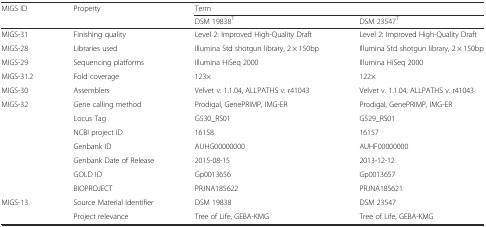
<table><thead><tr><td><b>MIGS ID</b></td><td><b>Property</b></td><td colspan="2"><b>Term</b></td></tr><tr><td></td><td></td><td><b>DSM 19838<sup>T</sup></b></td><td><b>DSM 23547<sup>T</sup></b></td></tr></thead><tbody><tr><td>MIGS-31</td><td>Finishing quality</td><td>Level 2: Improved High-Quality Draft</td><td>Level 2: Improved High-Quality Draft</td></tr><tr><td>MIGS-28</td><td>Libraries used</td><td>Illumina Std shotgun library, 2 × 150bp</td><td>Illumina Std shotgun library, 2 × 150bp</td></tr><tr><td>MIGS-29</td><td>Sequencing platforms</td><td>Illumina HiSeq 2000</td><td>Illumina HiSeq 2000</td></tr><tr><td>MIGS-31.2</td><td>Fold coverage</td><td>123×</td><td>122×</td></tr><tr><td>MIGS-30</td><td>Assemblers</td><td>Velvet v. 1.1.04, ALLPATHS v. r41043</td><td>Velvet v. 1.1.04, ALLPATHS v. r41043</td></tr><tr><td>MIGS-32</td><td>Gene calling method</td><td>Prodigal, GenePRIMP, IMG-ER</td><td>Prodigal, GenePRIMP, IMG-ER</td></tr><tr><td></td><td>Locus Tag</td><td>G530_RS01</td><td>G529_RS01</td></tr><tr><td></td><td>NCBI project ID</td><td>16158</td><td>16157</td></tr><tr><td></td><td>Genbank ID</td><td>AUHG00000000</td><td>AUHF00000000</td></tr><tr><td></td><td>Genbank Date of Release</td><td>2015-08-15</td><td>2013-12-12</td></tr><tr><td></td><td>GOLD ID</td><td>Gp0013656</td><td>Gp0013657</td></tr><tr><td></td><td>BIOPROJECT</td><td>PRJNA185622</td><td>PRJNA185621</td></tr><tr><td>MIGS-13</td><td>Source Material Identifier</td><td>DSM 19838</td><td>DSM 23547</td></tr><tr><td></td><td>Project relevance</td><td>Tree of Life, GEBA-KMG</td><td>Tree of Life, GEBA-KMG</td></tr></tbody></table>